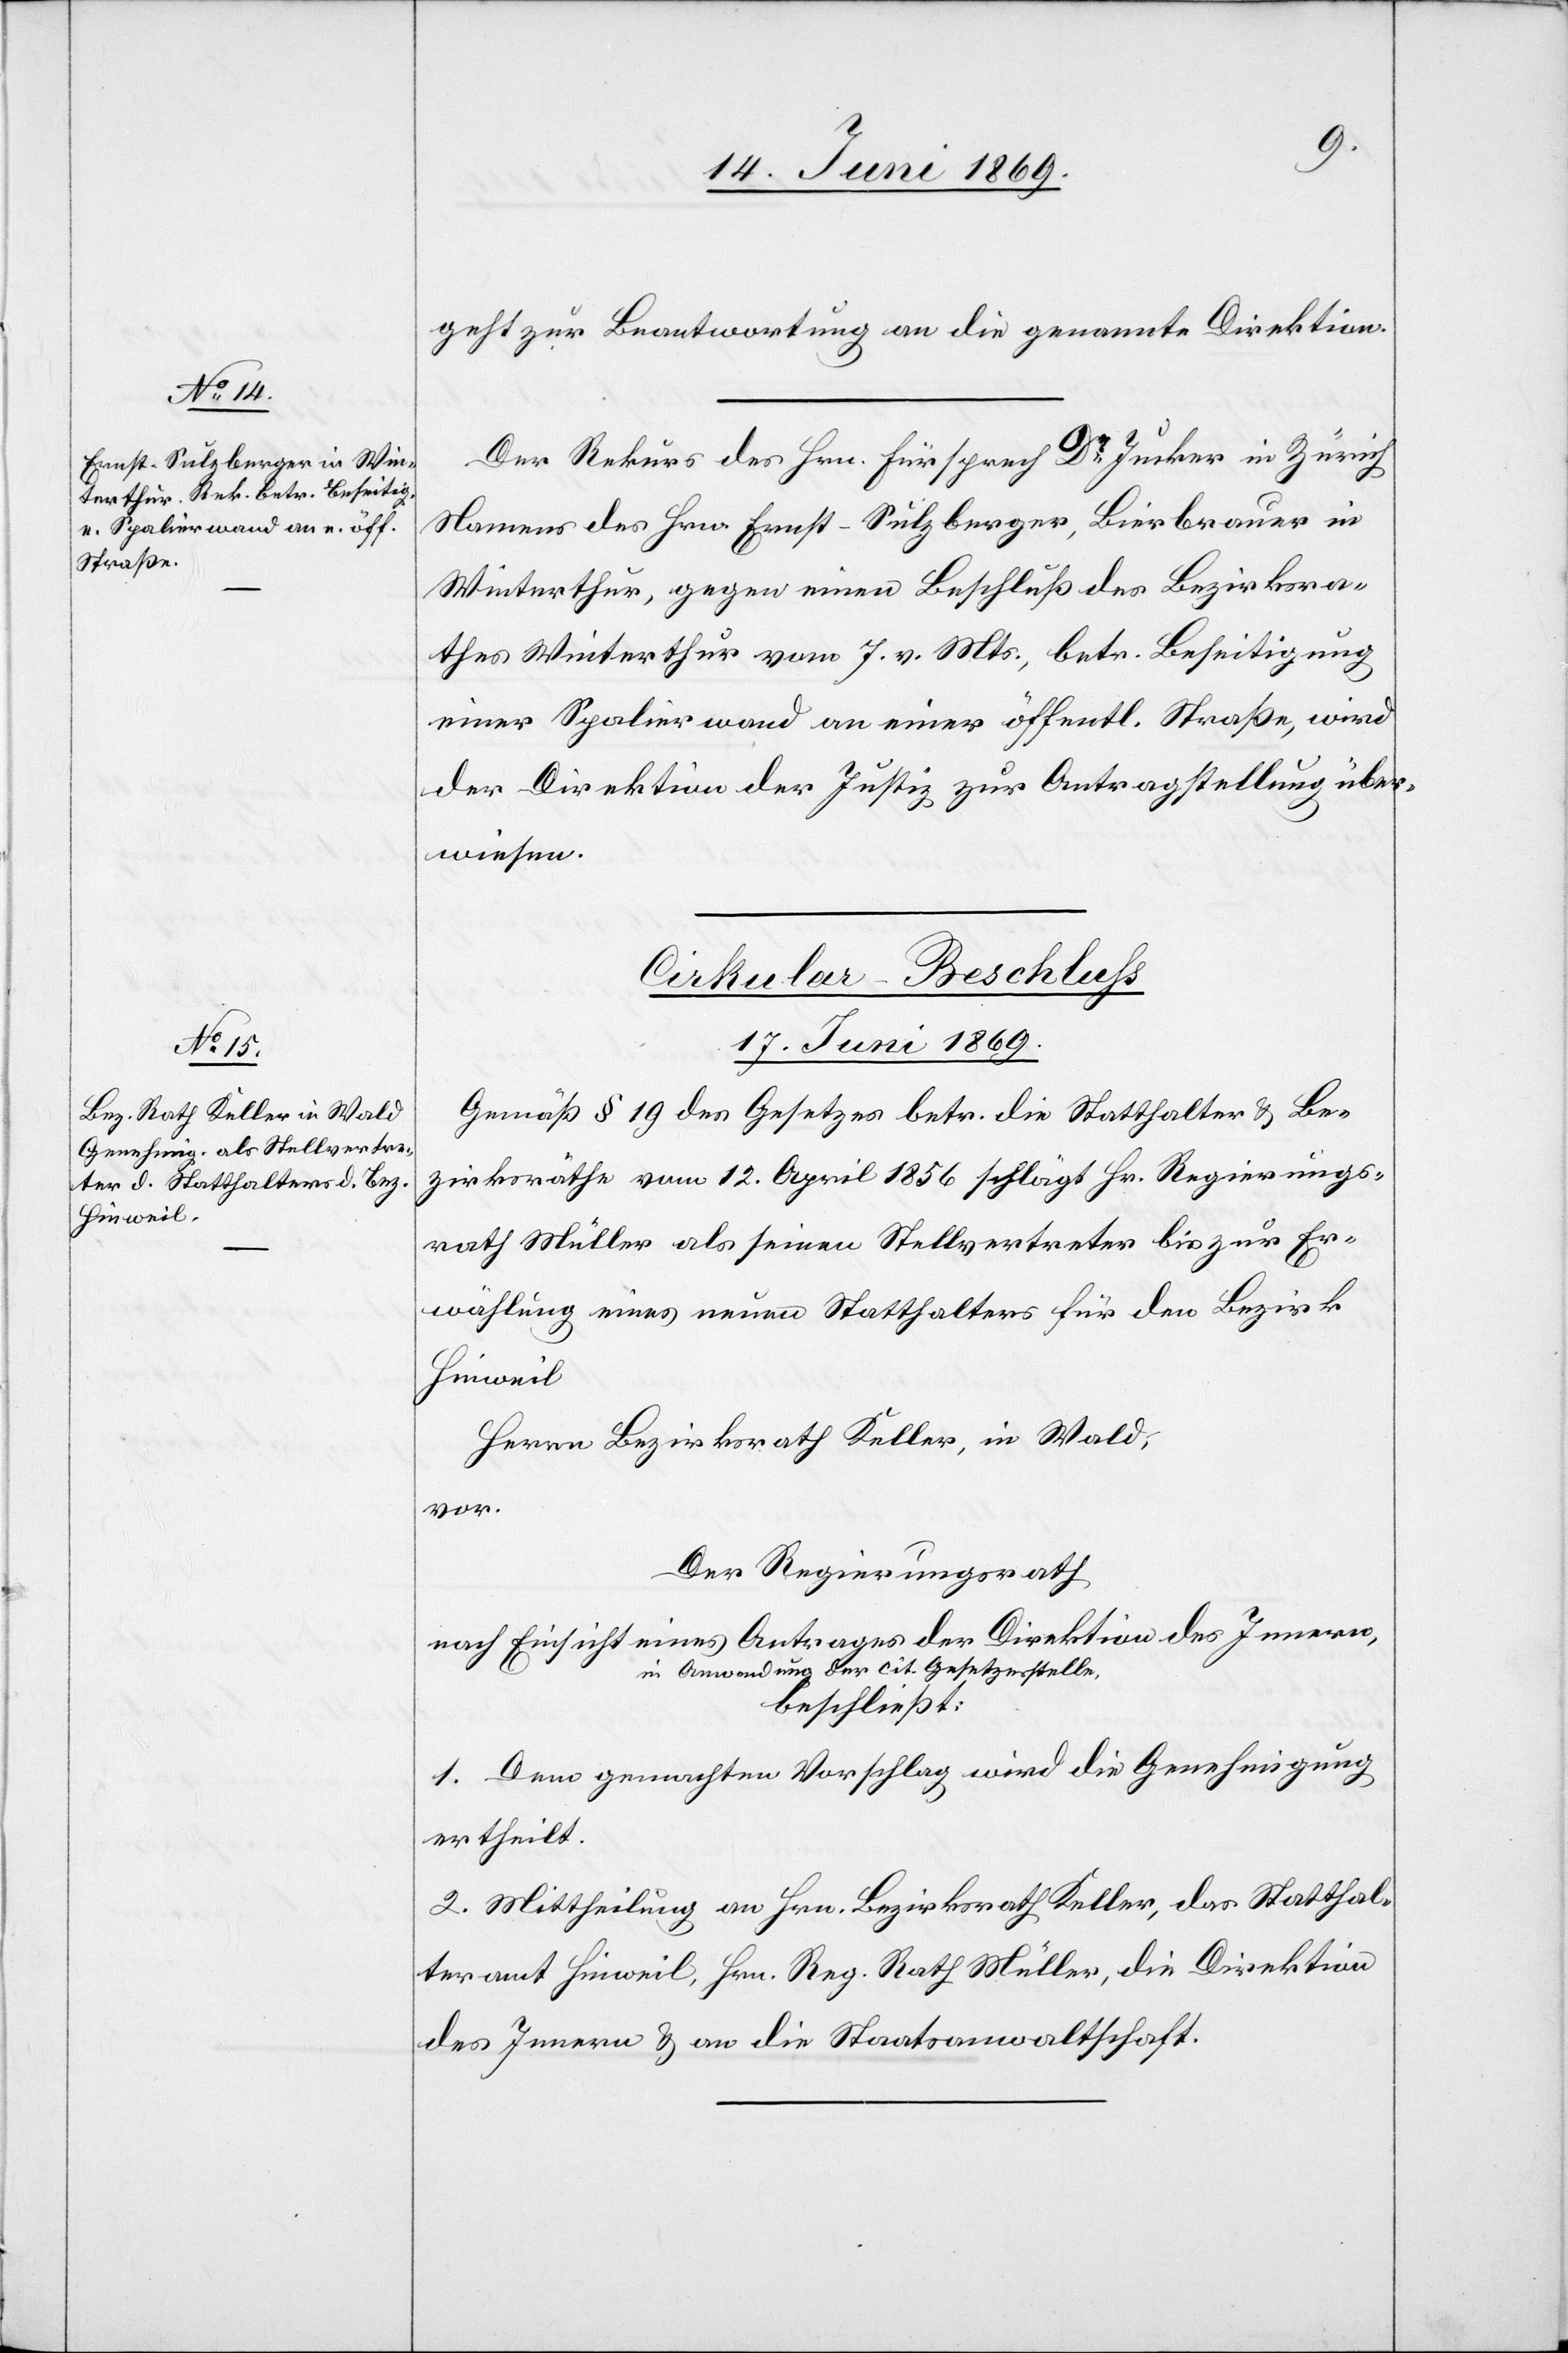
geht zur Beantwortung an die genannte Direktion.
Der Rekurs des Hrn. Fürsprech Dr Jucker in Zürich
Namens des Hrn. Ernst-Sulzberger, Bierbrauer in
Winterthur, gegen einen Beschluß des Bezirksra¬
thes Winterthur vom 7. v. Mts., betr. Beseitigung
einer Spalierwand an einer öffentl. Straße, wird
der Direktion der Justiz zur Antragstellung über¬
wiesen.
Cirkular-Beschluss.
17 Juni 1869.
Gemäß § 19 des Gesetzes betr. die Statthalter u. Be¬
zirksräthe vom 12. April 1856 schlägt Hr. Regierungs¬
rath Müller als seinen Stellvertreter bis zur Er¬
wählung eines neuen Statthalters für den Bezirk
Hinweil
Herrn Bezirksrath Keller, in Wald,
vor.
Der Regierungsrath
nach Einsicht eines Antrages der Direktion des Innern,
Anwendung des cit. Gesetzesstelle,
beschließt:
1. Dem gemachten Vorschlag wird die Genehmigung
ertheilt.
2. Mittheilung an Hrn. Bezirksrath Keller, das Statthal¬
teramt Hinweil, Hrn. Reg. Rath Müller, die Direktion
des Innern u. an die Staatsanwaltschaft.